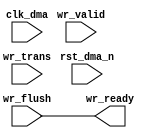
// This program was cloned from: https://github.com/steveicarus/ivtest
// License: GNU General Public License v2.0

module test (
input		clk_dma,
input		rst_dma_n,

input		wr_valid,
input		wr_trans,
input		wr_flush,

output		wr_ready);

wire   buf_wr_wstrb;

assign buf_wr_wstrb = wr_ready && wr_valid;
assign wr_ready = wr_flush ;

endmodule